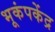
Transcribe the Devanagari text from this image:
भूकंपकेंद्र